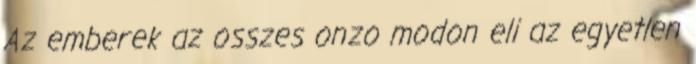
Az emberek az osszes onzo modon eli az egyetlen